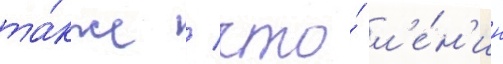
та́кже / что́ л'е́н'ин